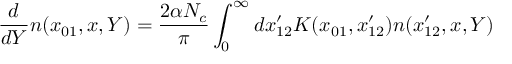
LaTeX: { \frac { d } { d Y } } n ( x _ { 0 1 } , x , Y ) = { \frac { 2 \alpha N _ { c } } { \pi } } \int _ { 0 } ^ { \infty } d x _ { 1 2 } ^ { \prime } K ( x _ { 0 1 } , x _ { 1 2 } ^ { \prime } ) n ( x _ { 1 2 } ^ { \prime } , x , Y )